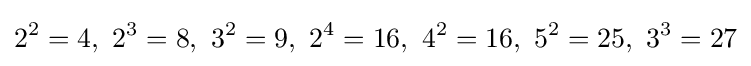
2^{2}=4,\ 2^{3}=8,\ 3^{2}=9,\ 2^{4}=16,\ 4^{2}=16,\ 5^{2}=25,\ 3^{3}=27